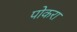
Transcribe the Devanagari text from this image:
पोकरा